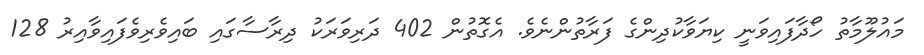
މައުލޫމާތު ހޯދާފައިވަނީ ކިޔަވާކުދިންގެ ފަރާތުންނެވެ. އެގޮތުން 402 ދަރިވަރަކު ދިރާސާގައި ބައިވެރިވެފައިވާއިރު 128